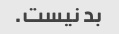
بد نیست.